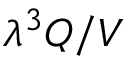
\lambda ^ { 3 } Q / V